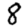
Digit: 8